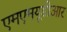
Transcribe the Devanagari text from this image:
एमएमयूडीआर